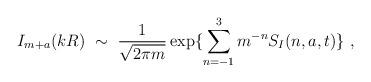
LaTeX: \begin{align*}I_{m+a}(kR) \ \sim\ \frac{1}{\sqrt{2\pi m}}\exp \{\sum_{n=-1}^3 m^{-n} S_I(n,a, t)\}\ ,\end{align*}